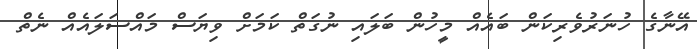
އޭނާގެ ހުނަރުވެރިކަން ބައެއް މީހުން ބަލައި ނުގަތް ކަމަށް ވިޔަސް މައްސަލައެއް ނެތް